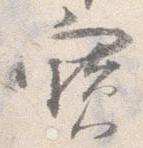
宝